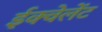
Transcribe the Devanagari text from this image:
ईक्वेलेंट